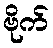
ဗိုက်